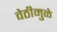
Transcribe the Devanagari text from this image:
वेठीमुळे